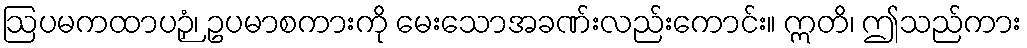
ဩပမကထာပဉှံ၊ ဥပမာစကားကို မေးသောအခဏ်းလည်းကောင်း။ ဣတိ၊ ဤသည်ကား